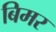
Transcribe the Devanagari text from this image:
बिमर